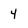
Character: 4